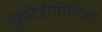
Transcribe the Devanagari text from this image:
गुरुमैत्रीगीतिका